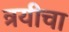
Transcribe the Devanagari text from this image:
त्रयीचा